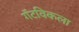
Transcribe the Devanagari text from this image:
गॅटविकला